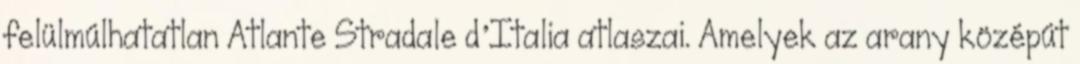
felülmúlhatatlan Atlante Stradale d’Italia atlaszai. Amelyek az arany középút